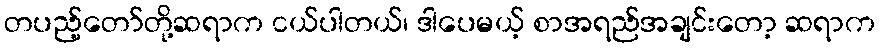
တပည့်တော်တို့ဆရာက ငယ်ပါတယ်၊ ဒါပေမယ့် စာအရည်အချင်းတော့ ဆရာက